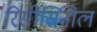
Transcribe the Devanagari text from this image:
रिसीर्सिनोल